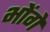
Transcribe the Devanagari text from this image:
भोंगे